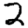
Digit: 2